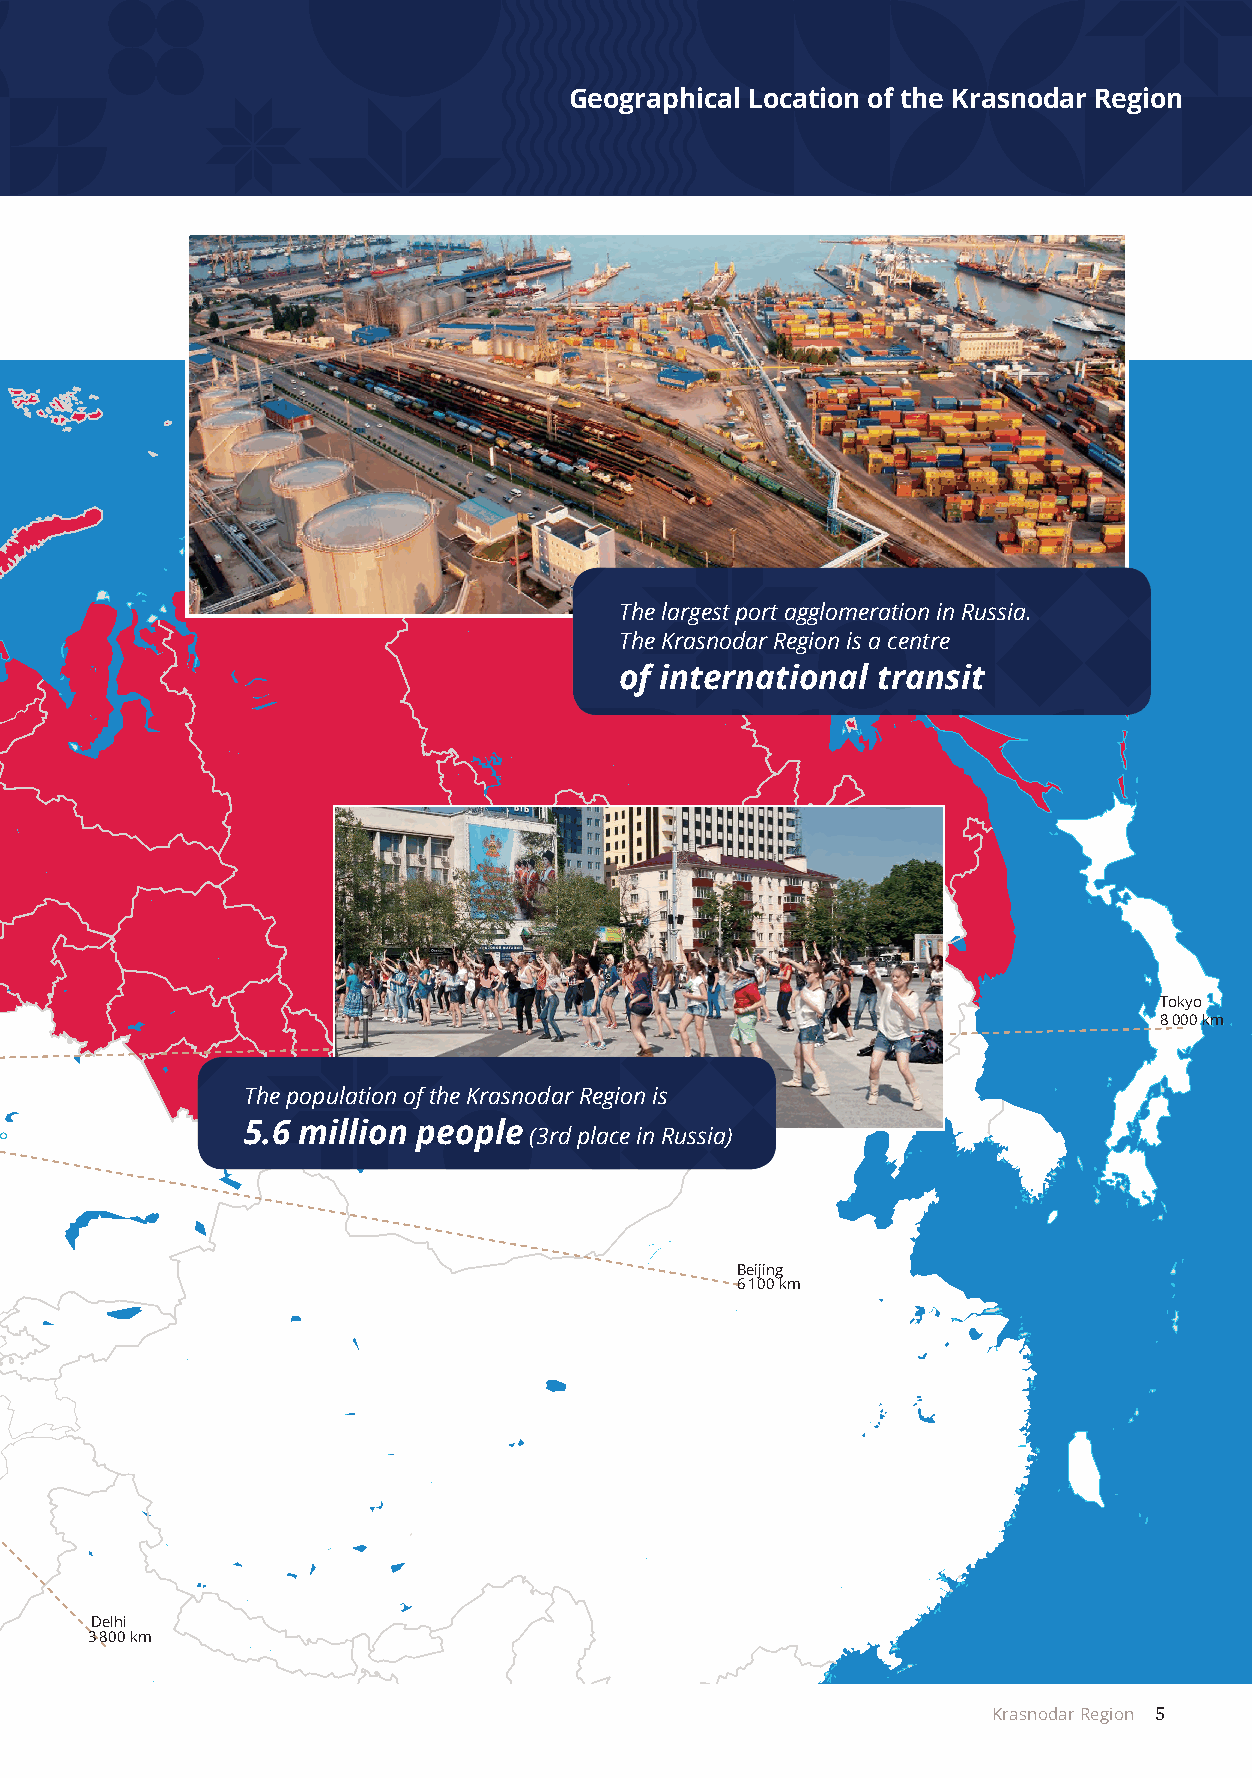
Geographical Location of the Krasnodar Region
 New-York
 8 400 km
 London
 3 000 km
 Madrid
 3 500 km
 Paris
 2 800 km Stockholm
 2 100 km                                 The largest port agglomeration in Russia.
 Berlin                                   The Krasnodar Region is a centre
 2 000 km
 of international transit
 Rome
 2 200 km
 Moscow
 1 200 km
 Tokyo
 Istanbul                                                                     8 000 km
 950 km
 Krasnodar
 The population of the Krasnodar Region is
 5.6 million people
 (3rd place in Russia)
 Cairo
 1 800 km
 Beijing
 6 100 km
 Delhi
 3 800 km
 Krasnodar Region 5